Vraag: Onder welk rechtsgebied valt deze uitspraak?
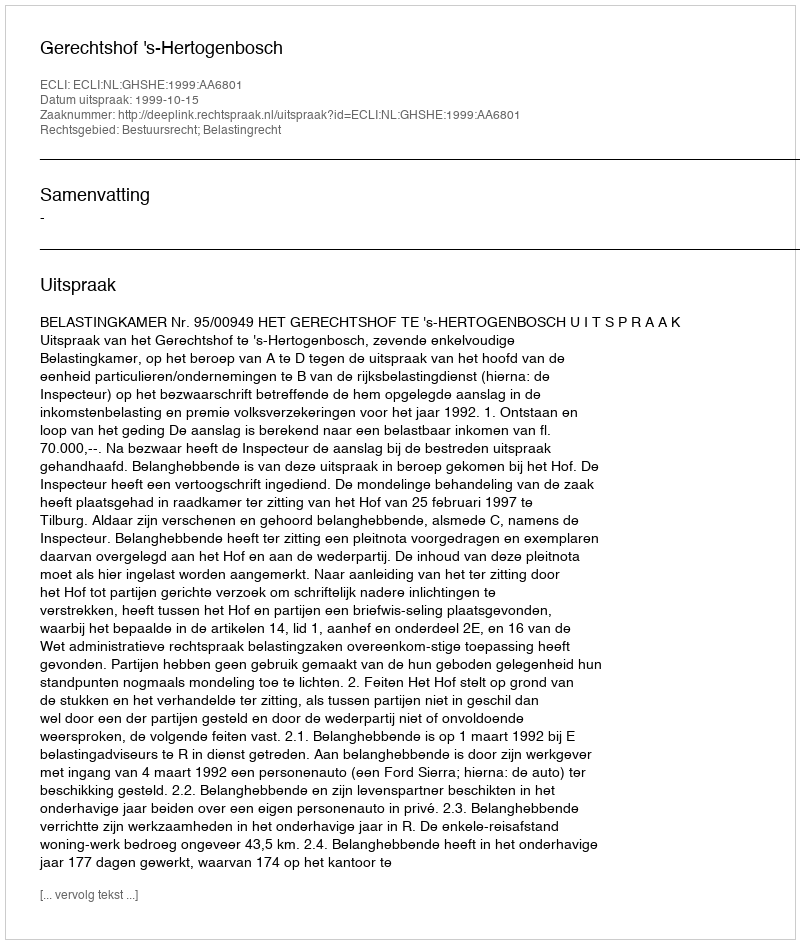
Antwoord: Bestuursrecht; Belastingrecht